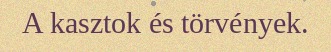
A kasztok és törvények.